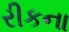
રીકના